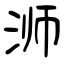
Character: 浉